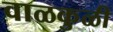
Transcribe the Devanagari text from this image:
वाळकुळी